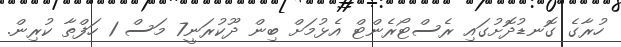
ހުރާގެ ގޮނޑުދޮށުގައި ރެސްޓޯރެންޓް އެޅުމަށް ބިން ދޫކުރަނީ7 މަސް 1 ހަފްތާ ކުރިން.